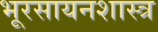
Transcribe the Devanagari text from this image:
भूरसायनशास्त्र